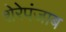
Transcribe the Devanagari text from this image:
शेरेपंजाब